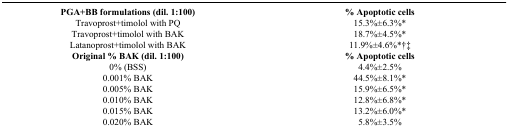
| PGA+BB formulations (dil. 1:100) | % Apoptotic cells |
 | --- | --- |
 | Travoprost+timolol with PQ | 15.3%±6.3%* |
 | Travoprost+timolol with BAK | 18.7%±4.5%* |
 | Latanoprost+timolol with BAK | 11.9%±4.6%*†‡ |
 | Original % BAK (dil. 1:100) | % Apoptotic cells |
 | 0% (BSS) | 4.4%±2.5% |
 | 0.001% BAK | 44.5%±8.1%* |
 | 0.005% BAK | 15.9%±6.5%* |
 | 0.010% BAK | 12.8%±6.8%* |
 | 0.015% BAK | 13.2%±6.0%* |
 | 0.020% BAK | 5.8%±3.5% |